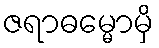
ဇရာဓမ္မောမှိ